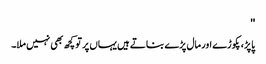
''
پاپڑ، پکوڑے اور مال پڑے بناتے ہیں یہاں پر تو کچھ بھی نہیں ملا۔